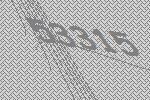
53315